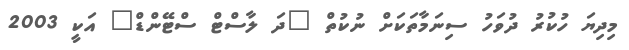
މިދިޔަ ހުކުރު ދުވަހު ސިނަމާތަކަށް ނުކުތް "ދަ ލާސްޓް ސްޓޭންޑް" އަކީ 2003